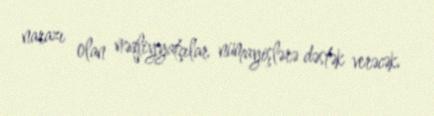
narazı olan nəqliyyatçılar nümayişlərə dəstək verəcək.